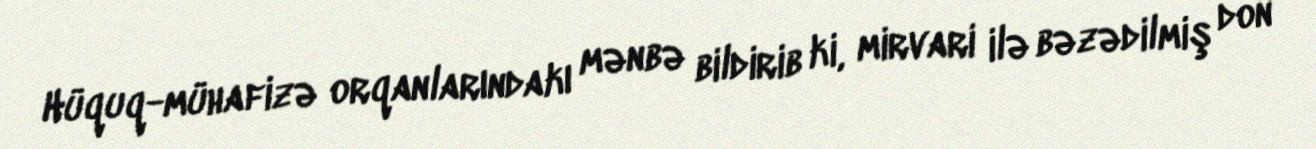
Hüquq-mühafizə orqanlarındakı mənbə bildirib ki, mirvari ilə bəzədilmiş don